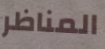
المناظر